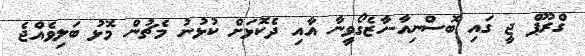
ގްރޫޕް ޖީ ގައި ބޮސްނިއާ-ހާޒެގޯވީނާ އާއި ދެކޮޅަށް ކުޅުނު މެޗުން މޮޅު ބަލިވެއްޖެ